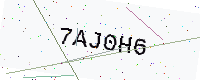
Text: 7AJ0H6